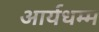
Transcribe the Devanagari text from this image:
आर्यधम्म